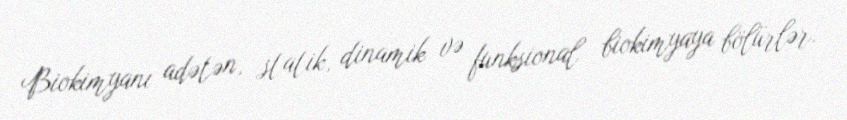
Biokimyanı adətən, statik, dinamik və funksional biokimyaya bölürlər.